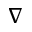
\nabla